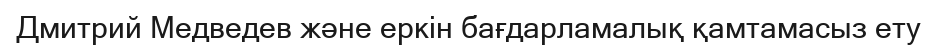
Дмитрий Медведев және еркін бағдарламалық қамтамасыз ету